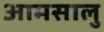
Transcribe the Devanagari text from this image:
आमसालु